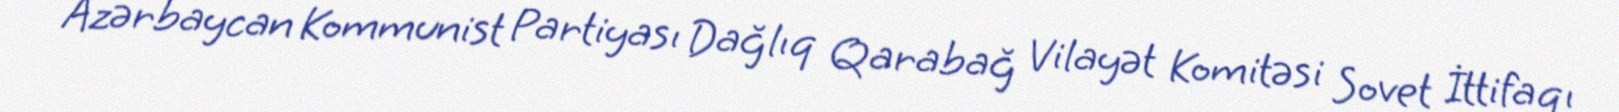
Azərbaycan Kommunist Partiyası Dağlıq Qarabağ Vilayət Komitəsi Sovet İttifaqı